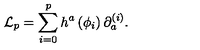
{ \cal L } _ { p } = \sum _ { i = 0 } ^ { p } h ^ { a } \left( \phi _ { i } \right) \partial _ { a } ^ { ( i ) } .